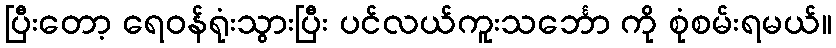
ပြီးတော့ ရေဝန်ရုံးသွားပြီး ပင်လယ်ကူးသင်္ဘော ကို စုံစမ်းရမယ်။